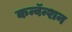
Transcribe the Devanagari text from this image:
कन्वॅन्शन